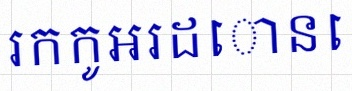
រកកូអរដោនេ